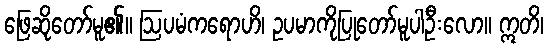
ဖြေဆိုတော်မူ၏။ ဩပမံကရောဟိ၊ ဥပမာကိုပြုတော်မူပါဦးလော။ ဣတိ၊